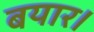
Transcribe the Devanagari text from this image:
बयार।